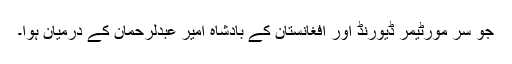
جو سر مورٹیمر ڈیورنڈ اور افغانستان کے بادشاہ امیر عبدلرحمان کے درمیان ہوا۔